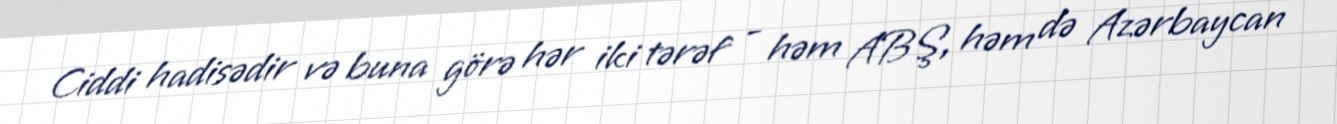
Ciddi hadisədir və buna görə hər iki tərəf - həm ABŞ, həm də Azərbaycan